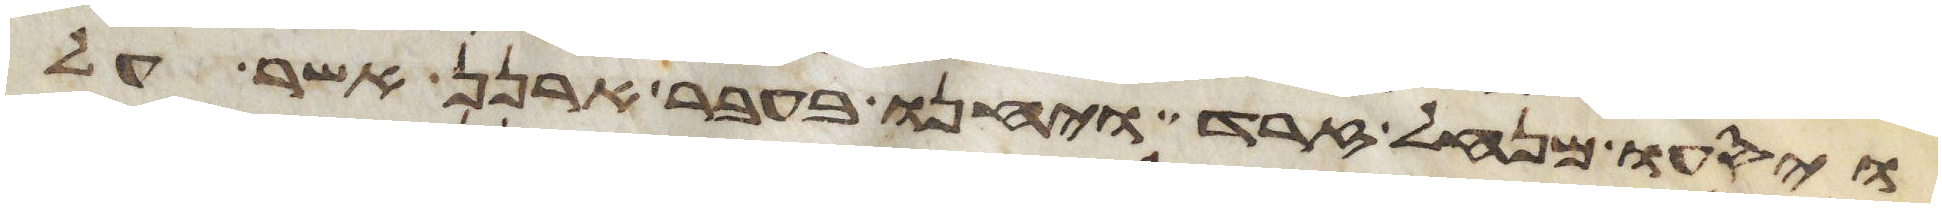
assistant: ויסעו מנחל זרד ויחנו בעבר ארנן אשר על